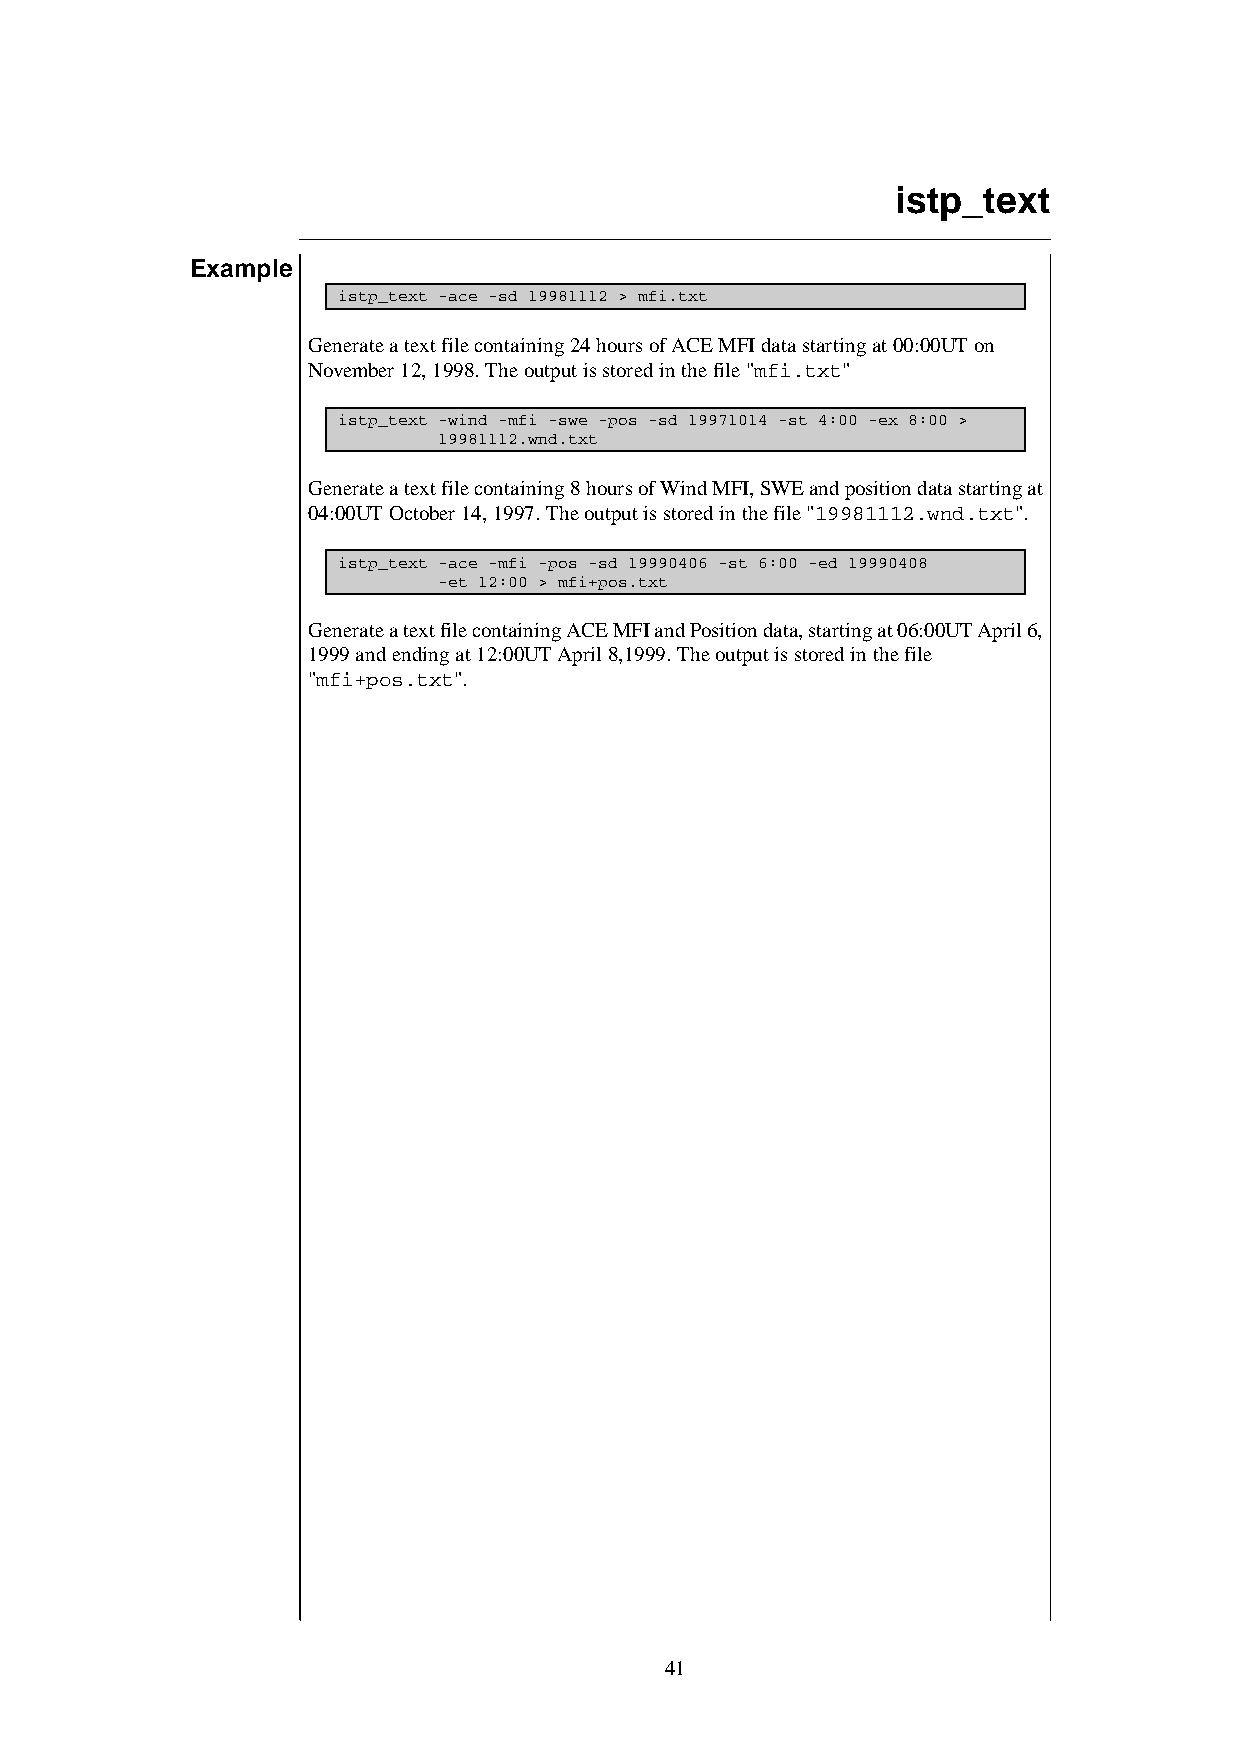
istp_text
 Example
 istp_text -ace -sd 19981112 > mfi.txt
 Generate a text file containing 24 hours of ACE MFI data starting at 00:00UT on
 November 12, 1998. The output is stored in the file "mfi.txt"
 istp_text -wind -mfi -swe -pos -sd 19971014 -st 4:00 -ex 8:00 >
 19981112.wnd.txt
 Generate a text file containing 8 hours of Wind MFI, SWE and position data starting at
 04:00UT October 14, 1997. The output is stored in the file "19981112.wnd.txt".
 istp_text -ace -mfi -pos -sd 19990406 -st 6:00 -ed 19990408
 -et 12:00 > mfi+pos.txt
 Generate a text file containing ACE MFI and Position data, starting at 06:00UT April 6,
 1999 and ending at 12:00UT April 8,1999. The output is stored in the file
 "mfi+pos.txt".
 41